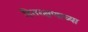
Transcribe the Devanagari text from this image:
हितरक्षणाच्या